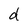
Character: d